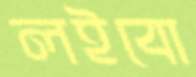
লইবো